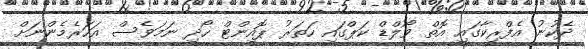
ދެކުނު އެފްރިކާގައި އޮތް ވޯލްޑް ކަޕްގައި ހަތަރު ޕޮއިންޓް ހޯދި ނަމަވެސް އަހަރެމެންނަށް